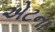
એટના